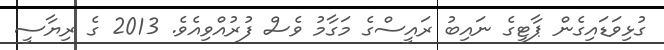
ގުޅިވަޑައިގެން ޕާޓީގެ ނައިބު ރައީސްގެ މަގާމު ވެސް ފުރުއްވިއެވެ. 2013 ގެ ރިޔާސީ